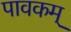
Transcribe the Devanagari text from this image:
पावकम्